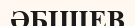
ӘБІШЕВ